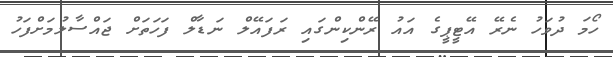
ހޯމަ ދުވަހު ނެރޭ އޭޓީޕީގެ އައު ރޭންކިންގައި ރަފައޭލް ނަޑާލް ފަހަތަށް ޖައްސާލުމަށްފަހު